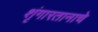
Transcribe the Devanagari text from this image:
शृंगारतानाचे